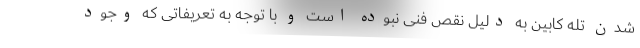
شدن تله کابین به دلیل نقص فنی نبوده است و با توجه به تعریفاتی که وجود